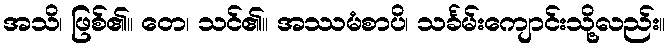
အသိ၊ ဖြစ်၏။ တေ၊ သင်၏။ အဿမံစာပိ၊ သင်္ခမ်းကျောင်းသို့လည်း။